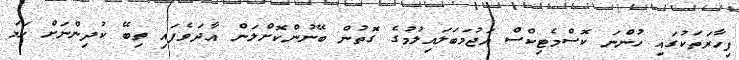
ފިހާރަތަކުގައި ހުންނަ ކޮސްމެޓިކްސް އަޖުމަބަލައިލުމުގެ ގޮތުން ބޭނުންކޮށްލަން އާދަވެފައި ތިބޭ ކުދިންނަށް ހަމަ